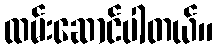
ထမ်းဆောင်ပါတယ်။